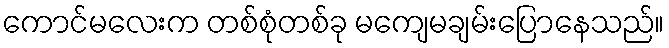
ကောင်မလေးက တစ်စုံတစ်ခု မကျေမချမ်းပြောနေသည်။